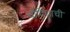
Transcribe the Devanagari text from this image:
चौदिशाची